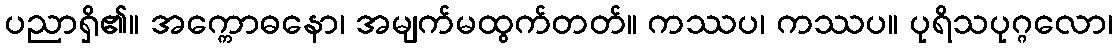
ပညာရှိ၏။ အက္ကောဓနော၊ အမျက်မထွက်တတ်။ ကဿပ၊ ကဿပ။ ပုရိသပုဂ္ဂလော၊